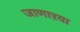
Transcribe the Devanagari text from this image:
जाणाऱया